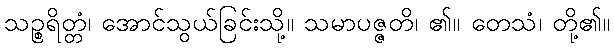
သဉ္စရိတ္တံ၊ အောင်သွယ်ခြင်းသို့။ သမာပဇ္ဇတိ၊ ၏။ တေသံ၊ တို့၏။